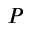
P